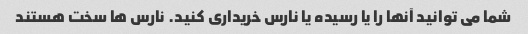
شما می توانید آنها را یا رسیده یا نارس خریداری کنید. نارس ها سخت هستند